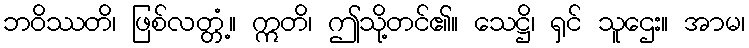
ဘဝိဿတိ၊ ဖြစ်လတ္တံ့။ ဣတိ၊ ဤသို့တင်၏။ သေဋ္ဌိ၊ ရှင် သူဌေး။ အာမ၊